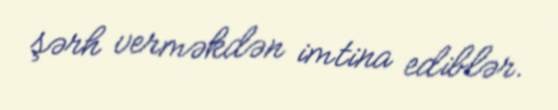
şərh verməkdən imtina ediblər.